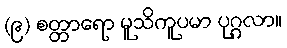
(၉) စတ္တာရော မူသိကူပမာ ပုဂ္ဂလာ။